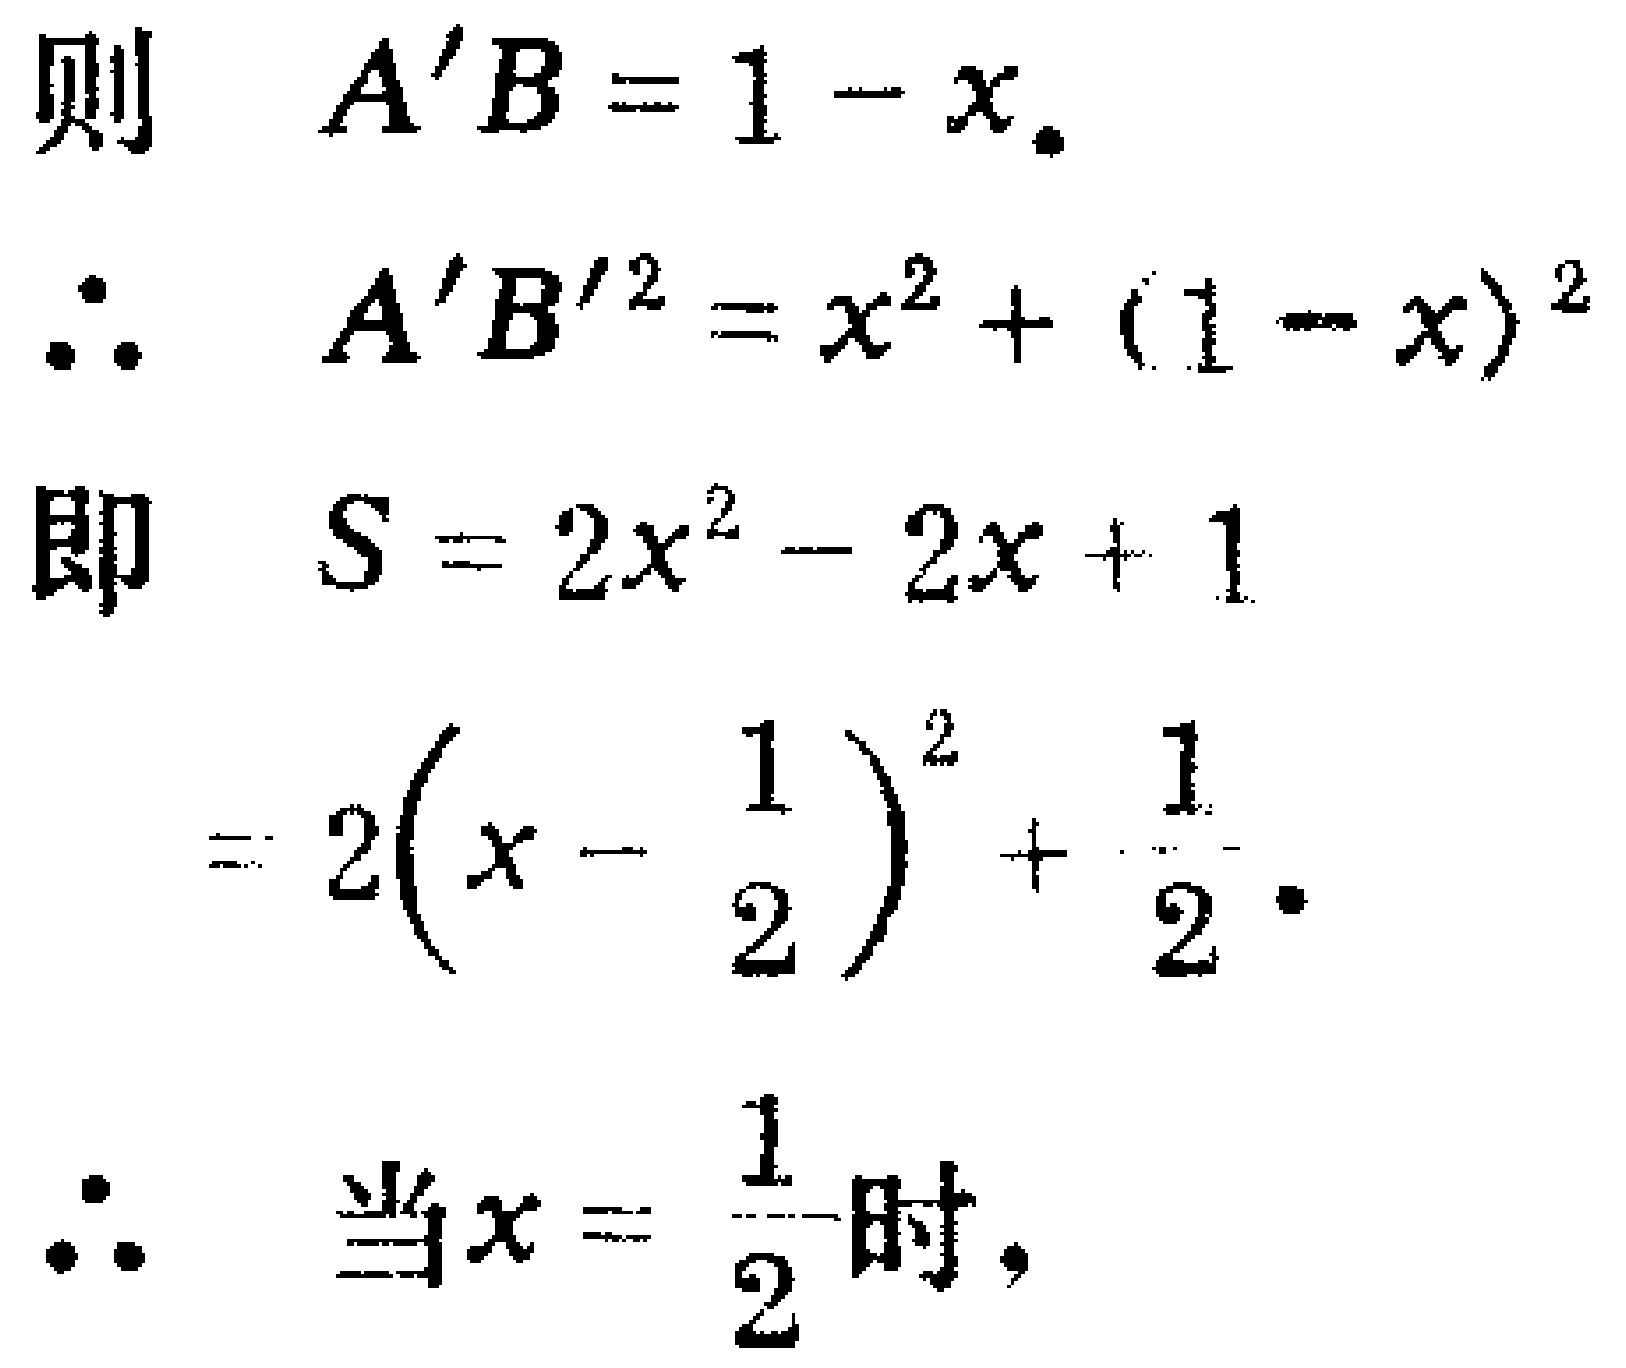
\[
\begin{align*}
\text{则}\quad A'B&=1 - x.\\
\therefore\quad A'B'^{2}&=x^{2}+(1 - x)^{2}\\
\text{即}\quad S&=2x^{2}-2x + 1\\
&=2\left(x-\frac{1}{2}\right)^{2}+\frac{1}{2}.\\
\therefore\quad \text{当}x&=\frac{1}{2}\text{时},
\end{align*}
\]